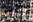
التي